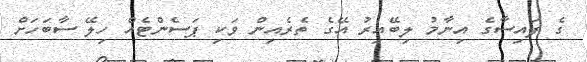
ގެ ފައިސާގެ އިނާމު ލިބޭއިރު އޭގެ ތެރެއިން ވަކި ޕަސެންޓެއް ހިލޭ ސާބަހަށް